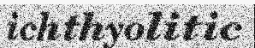
ichthyolitic